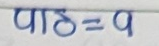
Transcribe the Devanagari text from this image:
पाठ=q